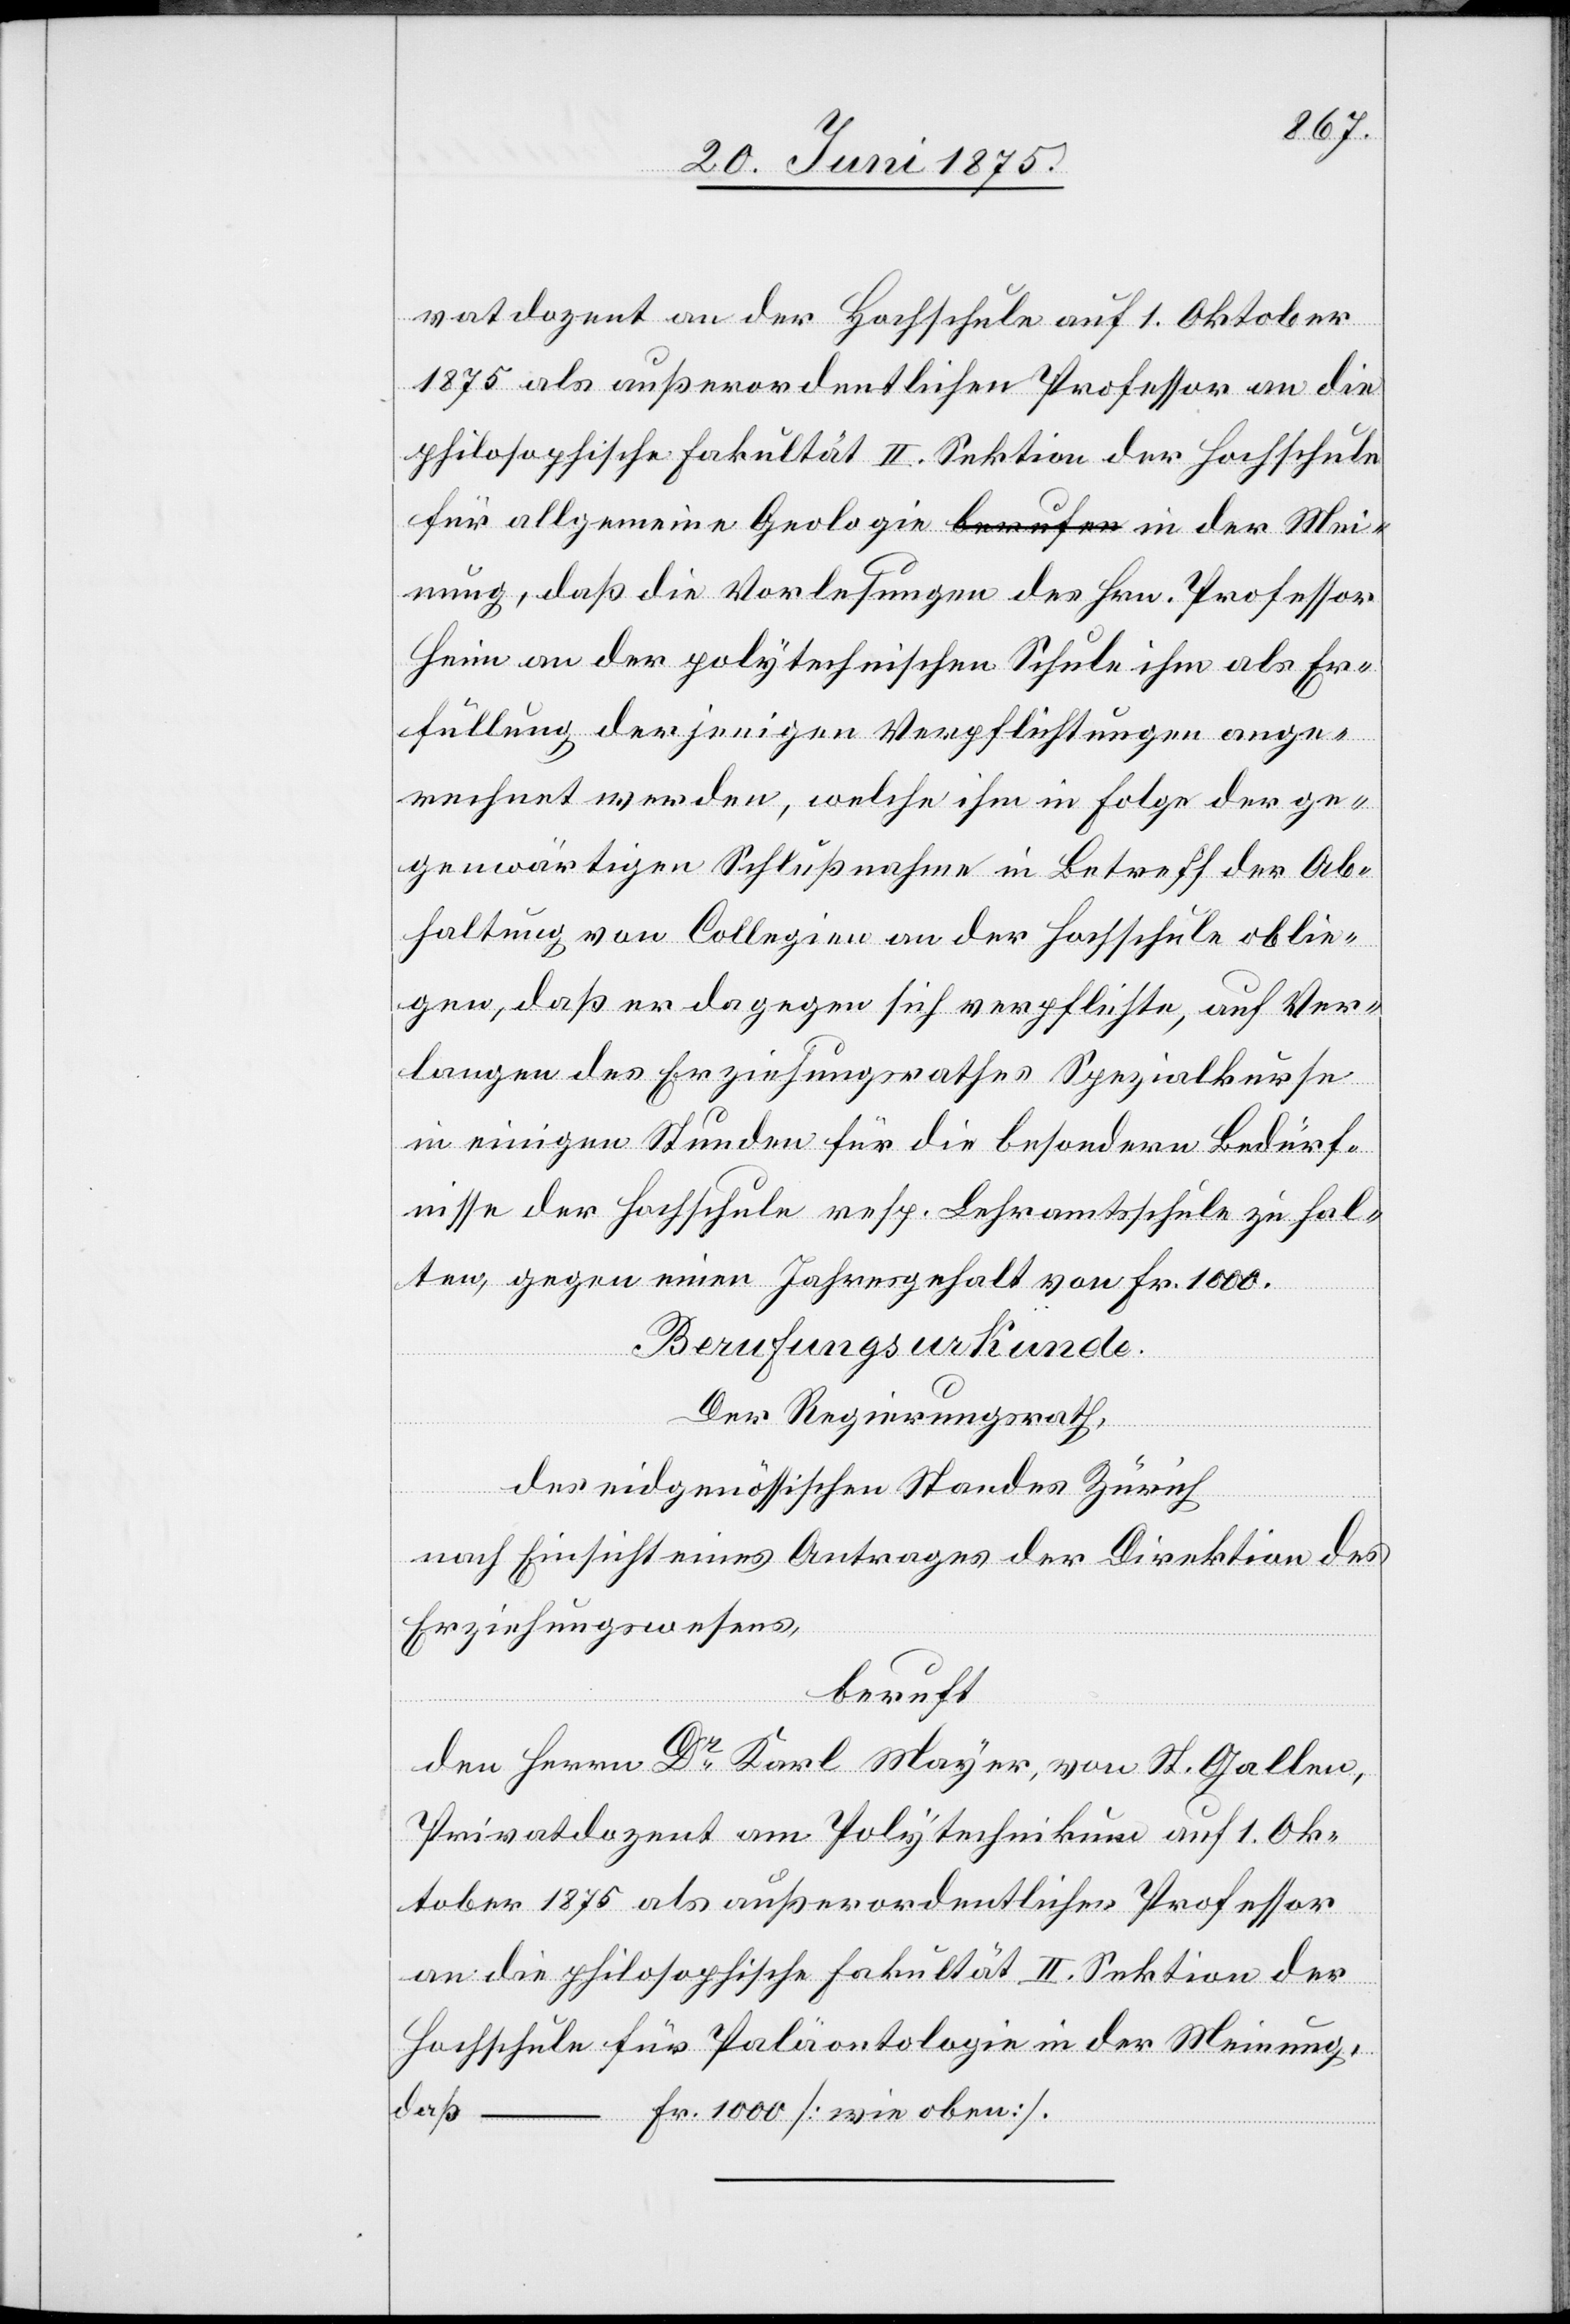
vatdozent an der Hochschule auf 1. Oktober
1875 als außerordentlichen Professor an die
philosophische Fakultät II. Sektion der Hochschule
für allgemeine Geologie in der Mei¬
nung, daß die Vorlesungen des Hrn. Professor
Heim an der polytechnischen Schule ihm als Er¬
füllung derjenigen Verpflichtungen ange¬
rechnet werden, welche ihm in Folge der ge¬
genwärtigen Schlußnahme in Betreff der Ab¬
haltung von Collegien an der Hochschule oblie¬
gen, daß er dagegen sich verpflichte, auf Ver¬
langen des Erziehungsrathes Spezialkurse
in einigen Stunden für die besondern Bedürf¬
nisse der Hochschule resp. Lehramtsschule zu hal¬
ten, gegen einen Jahresgehalt von Fr. 1000.
Berufungsurkunde.
Der Regierungsrath,
des eidgenössischen Standes Zürich
nach Einsicht eines Antrages der Direktion des
Erziehungswesens,
beruft:
den Herrn Dr Karl Mayer, von St. Gallen,
Privatdozent am Polytechnikum auf 1. Ok¬
tober 1875 als außerordentlicher Professor
an die philosophische Fakultät II. Sektion der
Hochschule für Paläontologie in der Meinung,
daß
– Fr. 1000 [wie oben].